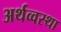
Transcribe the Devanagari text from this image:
अर्थव्वस्था